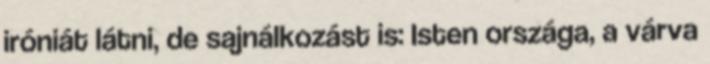
iróniát látni, de sajnálkozást is: Isten országa, a várva